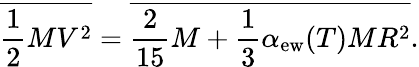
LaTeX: {\overline{{{\frac{1}{2}MV^{2}}}}}={\overline{{{\frac{2}{15}M+\frac{1}{3}\alpha_{\mathrm{ew}}(T)MR^{2}}}}}.